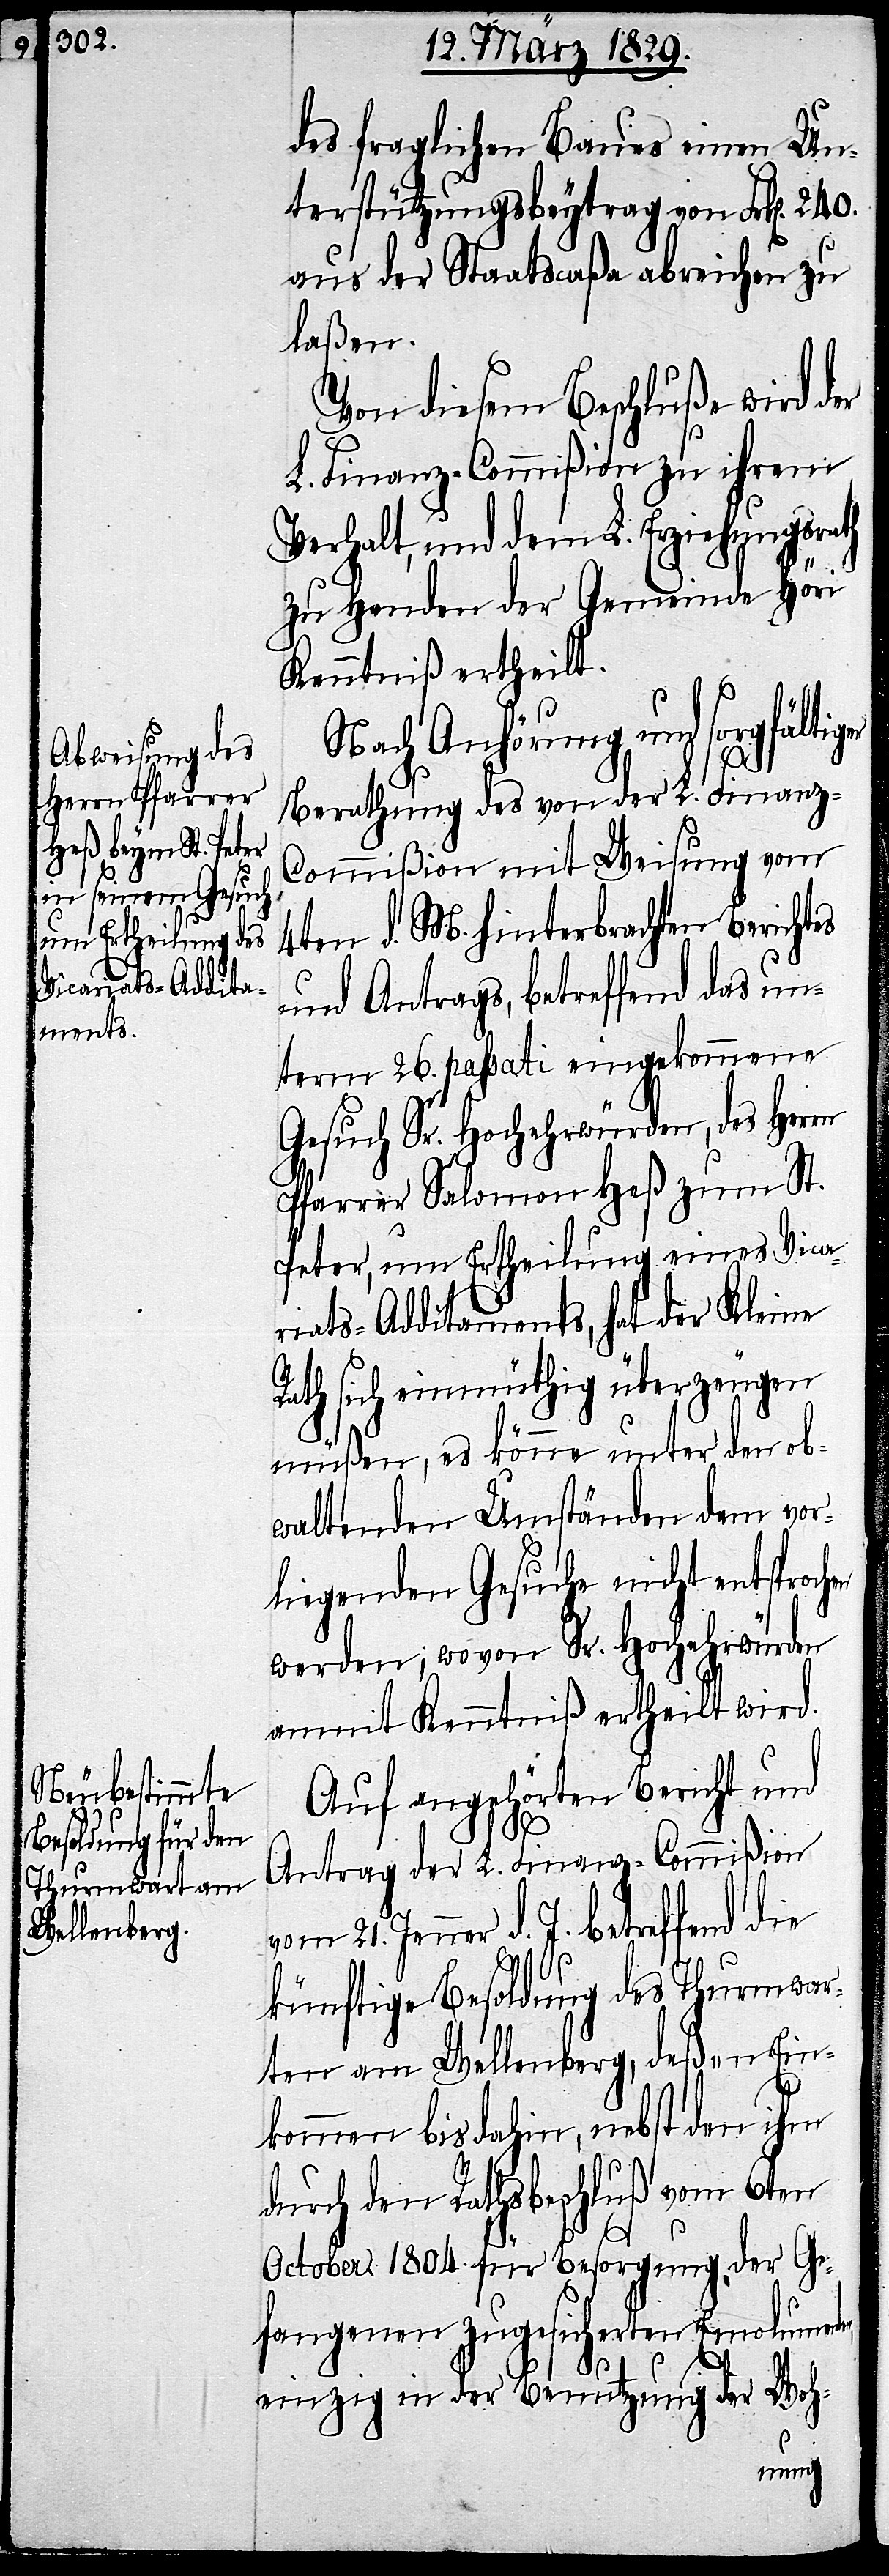
des fraglichen Baues einen Un¬
terstützungsbeytrag von Frk[en].
aus der Staatscaßa abreichen zu
laßen.
Von diesem Beschluße wir der
hen
L. Finanz-Commißion zu ihrem
Verhalt, und dem L. Erziehungsrath
zu Handen der Gemeinde Höri
Kenntniß ertheilt.
Nach Anhörung und sorgfälti¬
Berathung des von der L. Finanz-C¬
ommißion mit Weisung vom
4ten d. M. hinterbrachten Berichtes
und Antrags, betreffend das un¬
term 26. passati eingekommene
Gesuch Sr. Hochwürden, des Herrn
Pfarrer Salomon Heß zum St.
Peter, um Ertheilung eines Vica¬
riats-Additaments, hat der Kleine
Rath sich einmüthig überzeugen
müßen, es könne unter den ob¬
waltenden Umständen dem vor¬
liegenden Gesuche nicht entsproc¬
werden; wovon Sr. Hochwürden
anmit Kenntniß ertheilt wird.
Auf angehörten Bericht und
Antrag der L. Finanz-Commißion
vom 21. Jenner d. J. betreffend die
künftige Besoldung des Thurmwar¬
ten am Wellenberg, deßen Ein¬
kommen bis dahin, nebst den ihm
durch den Rathsbeschluß vom 6ten
October 1804. für Besorgung der Ge¬
fangenen zugesicherten Emolument¬
en,
einzig in der Benutzung der Woh-